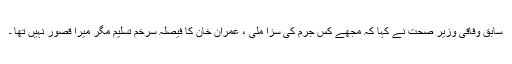
سابق وفاقی وزیر صحت نے کہا کہ مجھے کس جرم کی سزا ملی ، عمران خان کا فیصلہ سرخم تسلیم مگر میرا قصور نہیں تھا ۔